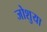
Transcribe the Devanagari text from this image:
जोशुया